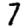
Digit: 7